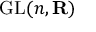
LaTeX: \operatorname { G L } ( n , \mathbf { R } )